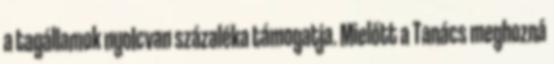
a tagállamok nyolcvan százaléka támogatja. Mielőtt a Tanács meghozná